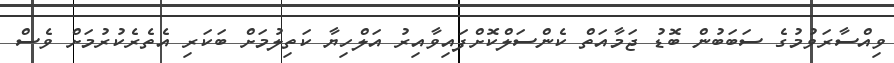
ވިއްސާރަވުމުގެ ސަބަބުން ބޮޑު ޖަމާއަތް ކެންސަލްކޮށްފައިވާއިރު އަލްހިޔާ ކަތިލުމަށް ބަކަރި އެތެރެކުރުމަށް ވެސް